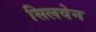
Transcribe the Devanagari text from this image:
सिलवेन